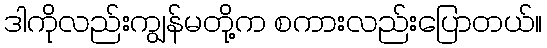
ဒါကိုလည်းကျွန်မတို့က စကားလည်းပြောတယ်။